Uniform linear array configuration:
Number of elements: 24
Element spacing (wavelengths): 0.5
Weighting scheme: cosine
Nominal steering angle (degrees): -60
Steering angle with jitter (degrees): -59.584
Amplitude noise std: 0.05
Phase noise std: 0.05

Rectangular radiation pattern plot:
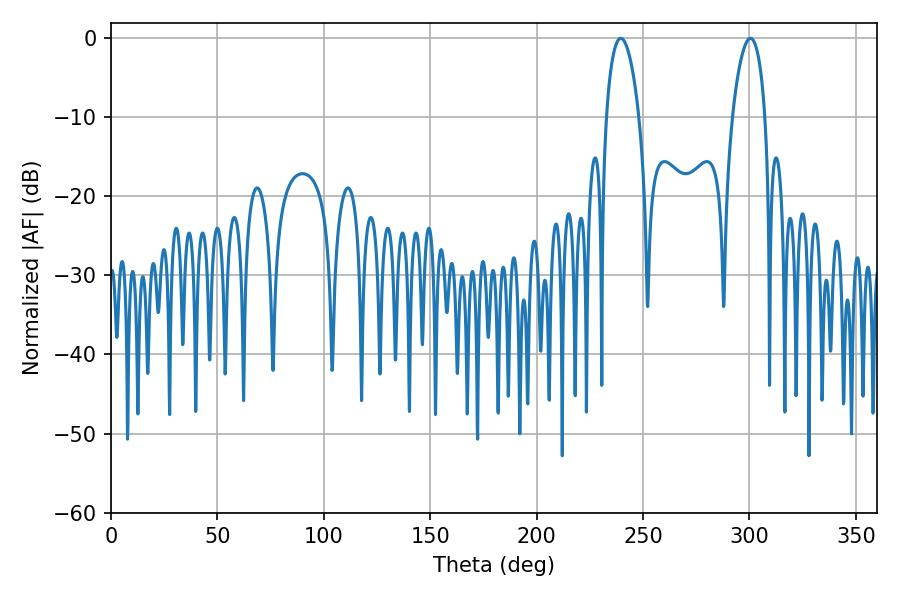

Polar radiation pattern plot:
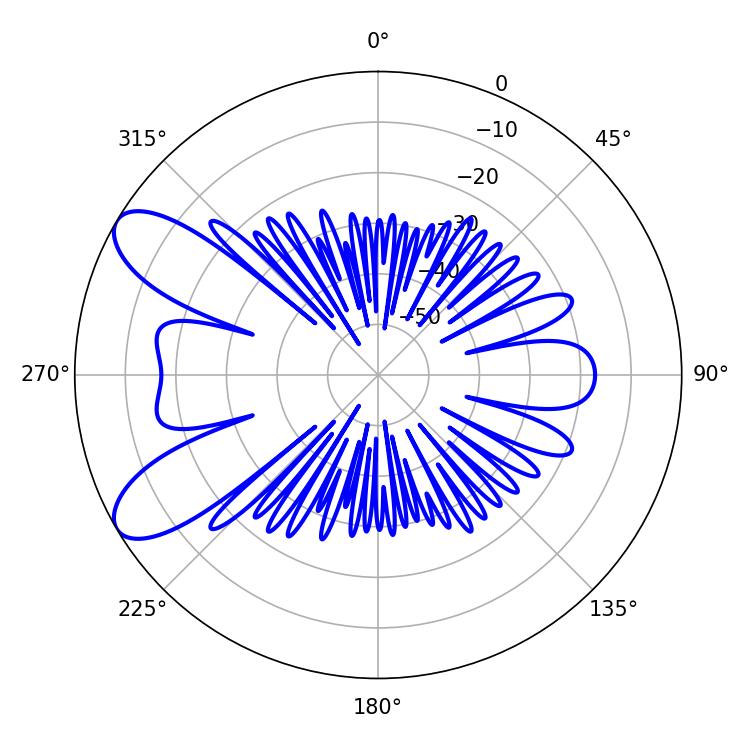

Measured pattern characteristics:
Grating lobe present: FALSE
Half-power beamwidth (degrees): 8.64
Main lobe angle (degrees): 239.58